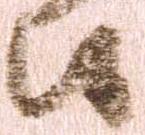
候